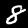
Digit: 8